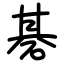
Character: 碁